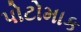
પોટોમાક